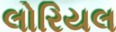
લોરિયલ